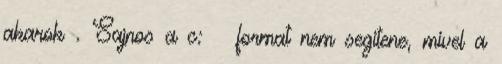
akarok . Sajnos a c: format nem segitene, mivel a